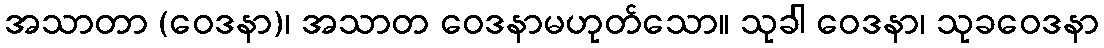
အသာတာ (ဝေဒနာ)၊ အသာတ ဝေဒနာမဟုတ်သော။ သုခါ ဝေဒနာ၊ သုခဝေဒနာ